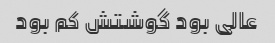
عالی بود گوشتش کم بود